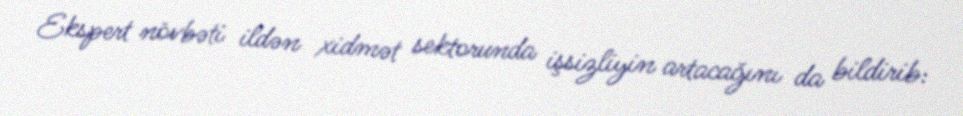
Ekspert növbəti ildən xidmət sektorunda işsizliyin artacağını da bildirib: